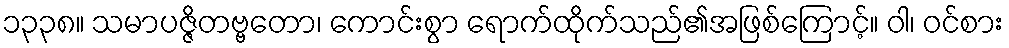
၁၃၃၈။ သမာပဇ္ဇိတဗ္ဗတော၊ ကောင်းစွာ ရောက်ထိုက်သည်၏အဖြစ်ကြောင့်။ ဝါ၊ ဝင်စား